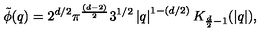
\tilde { \phi } ( q ) = 2 ^ { d / 2 } \pi ^ { \frac { ( d - 2 ) } { 2 } } 3 ^ { 1 / 2 } \left| q \right| ^ { 1 - ( d / 2 ) } K _ { \frac { d } { 2 } - 1 } ( \left| q \right| ) ,